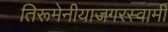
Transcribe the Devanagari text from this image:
तिरूमेनीयाजगरस्वामी